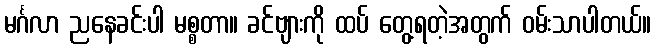
မင်္ဂလာ ညနေခင်းပါ မစ္စတာ။ ခင်ဗျားကို ထပ် တွေ့ရတဲ့အတွက် ဝမ်းသာပါတယ်။